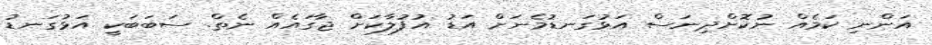
އަންނި ކަމެއް ނުކޮށްދިނަސް އަޅުގަނޑުމެނަށް އަޑު އުފުލާކަށް ޖާގައެއް ނެތް. ސަބަބަކީ އަޅުގަނޑު